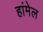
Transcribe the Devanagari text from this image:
हांमेल